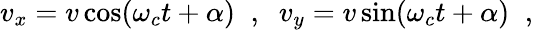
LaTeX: v_{x}=v\cos(\omega_{c}t+\alpha)\; \; ,\; \; v_{y}=v\sin(\omega_{c}t+\alpha)\; \; ,